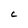
Character: C